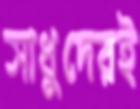
সাধুদেরই